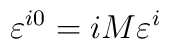
\varepsilon^{ i0} = iM \varepsilon^{ i}